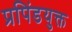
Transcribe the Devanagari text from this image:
प्रपिंडयुक्त